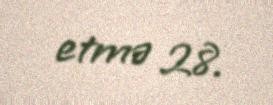
etmə 28.